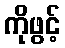
ကိုဖွင့်